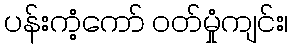
ပန်းကံ့ကော် ဝတ်မှုံကျင်း၊